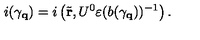
i ( \gamma _ { \bf q } ) = i \left( \tilde { \bf r } , U ^ { 0 } \varepsilon ( b ( \gamma _ { \bf q } ) ) ^ { - 1 } \right) .